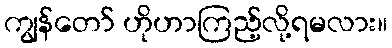
ကျွန်တော် ဟိုဟာကြည့်လို့ရမလား။